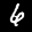
Label: 6